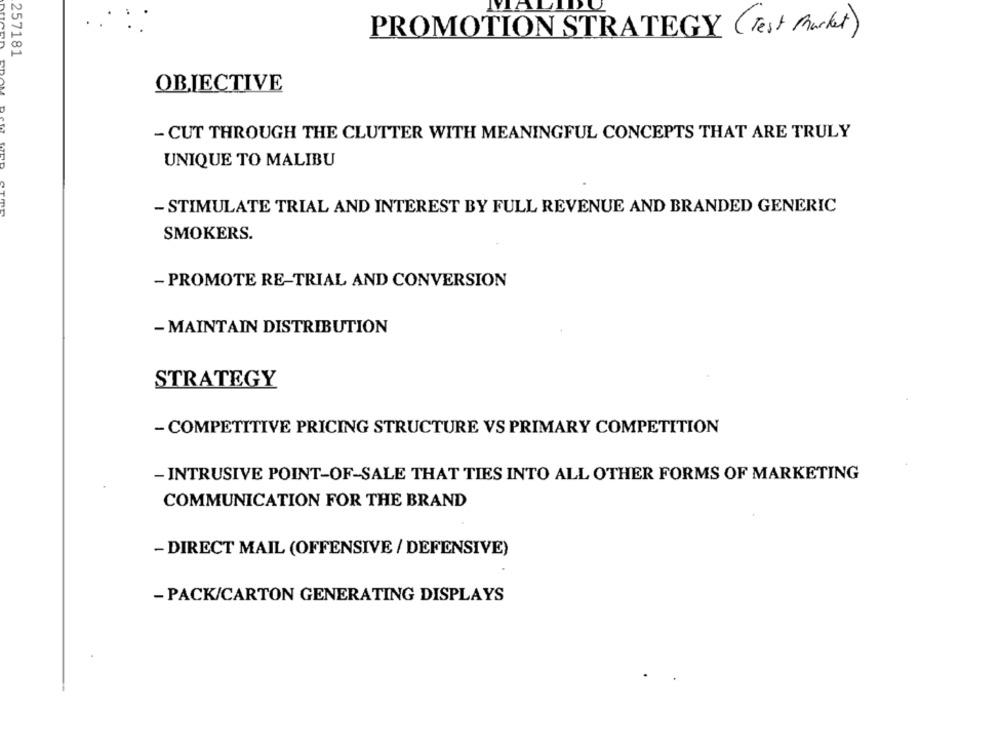
PROMOTION STRATEGY ( Test Market)
257181
OBJECTIVE
- CUT THROUGH THE CLUTTER WITH MEANINGFUL CONCEPTS THAT ARE TRULY
UNIQUE TO MALIBU
- STIMULATE TRIAL AND INTEREST BY FULL REVENUE AND BRANDED GENERIC
SMOKERS.
- PROMOTE RE-TRIAL AND CONVERSION
- MAINTAIN DISTRIBUTION
STRATEGY
- COMPETITIVE PRICING STRUCTURE VS PRIMARY COMPETITION
- INTRUSIVE POINT-OF-SALE THAT TIES INTO ALL OTHER FORMS OF MARKETING
COMMUNICATION FOR THE BRAND
- DIRECT MAIL (OFFENSIVE / DEFENSIVE)
- PACK/CARTON GENERATING DISPLAYS